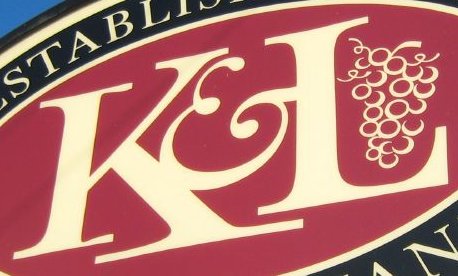
KL